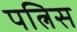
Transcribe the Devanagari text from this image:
पत्निस